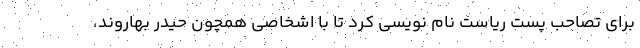
برای تصاحب پست ریاست نام نویسی کرد تا با اشخاصی همچون حیدر بهاروند،